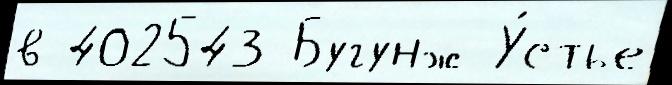
в 402543 Бугунж У́стье